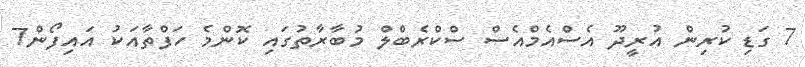
7 ގަޑި ކުރިން އުރީދޫ އެސްއެމްއެސް ސްކްރެބްލް މުބާރާތުގައި ކޮންމެ ހަފްތާއަކު އައިފޯން7